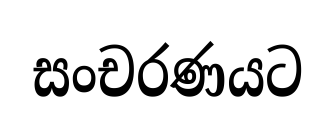
සංචරණයට